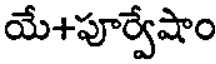
యే+పూర్వేషాం